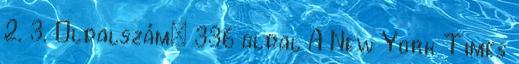
2, 3. Oldalszám: 336 oldal A New York Times